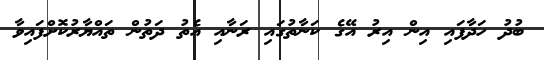
ބުދު ހަދާފައި އިން އިރު އޭގެ ކަނާތުގައި ރަނާއި އެތު ދަތުން ތައްޔާރުކޮށްފައިވާ